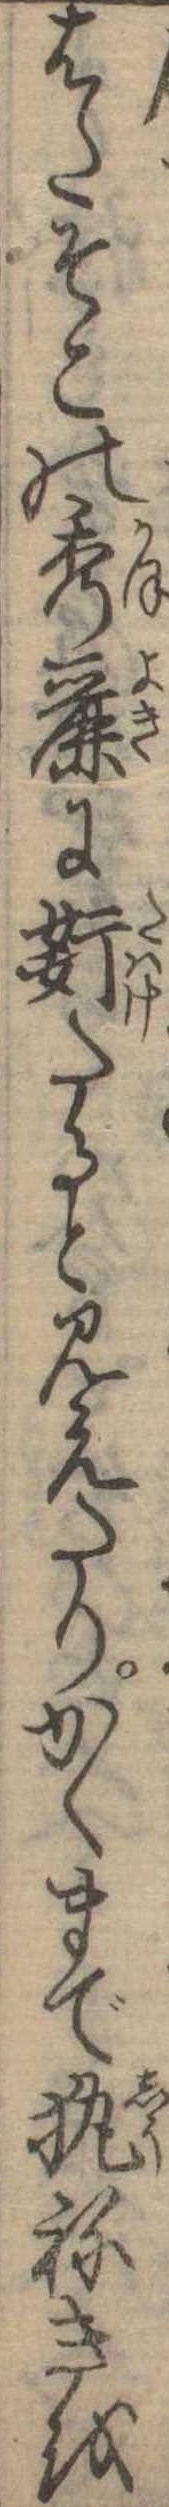
はたそこの秀麗にたると見えたりかくまでねきを